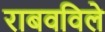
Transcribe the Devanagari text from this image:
राबवविले